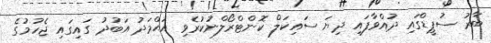
ބާރު ސުޕީޑްގައި ދުއްވާފައި ދިޔަ ސައިކަލް ކޮންޓްރޯލްނުކުރެވި އަޙްމަދު އަބުދު ގައިގައި ޖެހުމުގެ